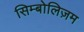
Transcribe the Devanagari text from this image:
सिम्बोलिज़म